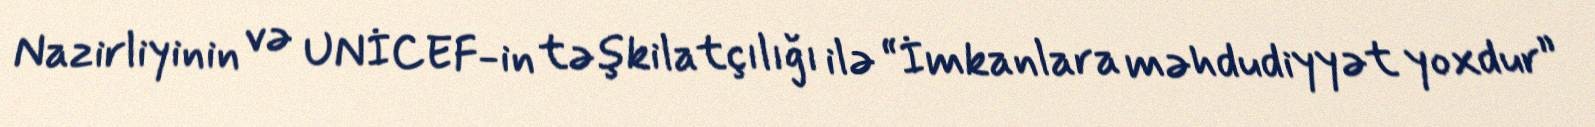
Nazirliyinin və UNİCEF-in təşkilatçılığı ilə “İmkanlara məhdudiyyət yoxdur”